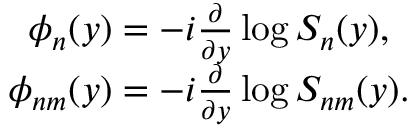
\begin{array} { c } { { \phi _ { n } ( y ) = - i \frac { \partial } { \partial y } \log S _ { n } ( y ) , } } \\ { { \phi _ { n m } ( y ) = - i \frac { \partial } { \partial y } \log S _ { n m } ( y ) . } } \end{array}